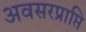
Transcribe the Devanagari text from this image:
अवसरप्राप्ति